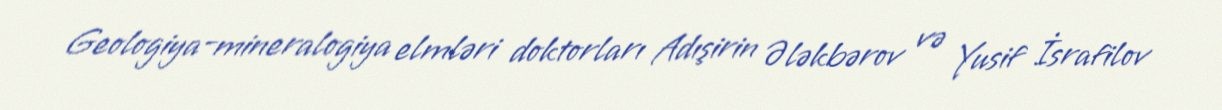
Geologiya-mineralogiya elmləri doktorları Adışirin Ələkbərov və Yusif İsrafilov